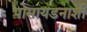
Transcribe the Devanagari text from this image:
पोसायडनाशी